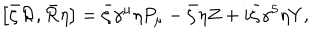
LaTeX: \left[ \bar { \zeta } { \cal R } , \bar { \cal R } \eta \right] = \bar { \zeta } \gamma ^ { \mu } \eta P _ { \mu } - \bar { \zeta } \eta Z + i \bar { \zeta } \gamma ^ { 5 } \eta Y ,